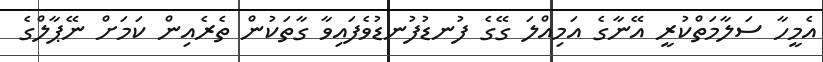
އެމީހާ ސަލާމަތްކުރީ އޭނާގެ އަމިއްލަ ގޭގެ ފުނޑުފުނޑުވެފައިވާ ގާތަކުން ތެރެއިން ކަމަށް ނޭޕާލްގެ